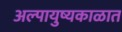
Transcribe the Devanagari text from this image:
अल्पायुष्यकाळात